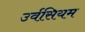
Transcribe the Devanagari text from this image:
उर्वसियम